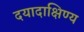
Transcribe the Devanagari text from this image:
दयादाक्षिण्य